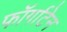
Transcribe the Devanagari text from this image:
फॉर्गाटेन